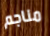
مناجم